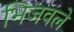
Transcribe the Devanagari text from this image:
भिजवले